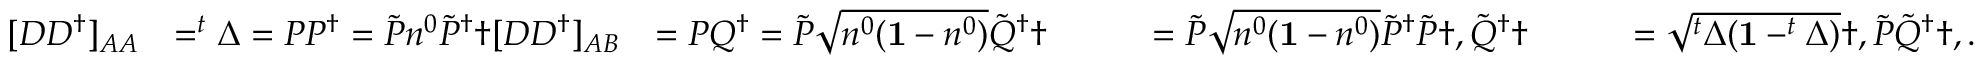
\begin{array} { r l r l r } { [ D D ^ { \dagger } ] _ { A A } } & { = ^ { t } \Delta = P P ^ { \dagger } = \tilde { P } n ^ { 0 } \tilde { P } ^ { \dagger } \dag [ D D ^ { \dagger } ] _ { A B } } & { = P Q ^ { \dagger } = \tilde { P } \sqrt { n ^ { 0 } ( \mathbf { 1 } - n ^ { 0 } ) } \tilde { Q } ^ { \dagger } \dag } & { \qquad = \tilde { P } \sqrt { n ^ { 0 } ( \mathbf { 1 } - n ^ { 0 } ) } \tilde { P } ^ { \dagger } \tilde { P } \dag , \tilde { Q } ^ { \dagger } \dag } & { \qquad = \sqrt { ^ t \Delta ( \mathbf { 1 } - ^ { t } \Delta ) } \dag , \tilde { P } \tilde { Q } ^ { \dagger } \dag , . } \end{array}